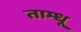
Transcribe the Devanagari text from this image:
ताम्धू